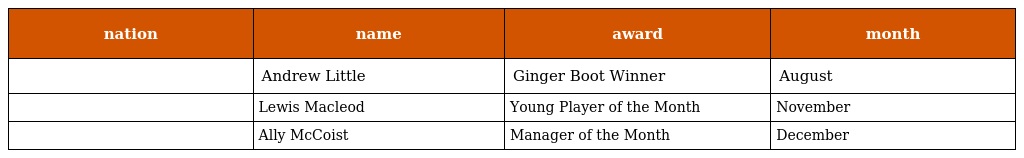
| nation | name | award | month |
 | --- | --- | --- | --- |
 |  | Andrew Little | Ginger Boot Winner | August |
 |  | Lewis Macleod | Young Player of the Month | November |
 |  | Ally McCoist | Manager of the Month | December |